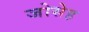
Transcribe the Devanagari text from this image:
जोसेह